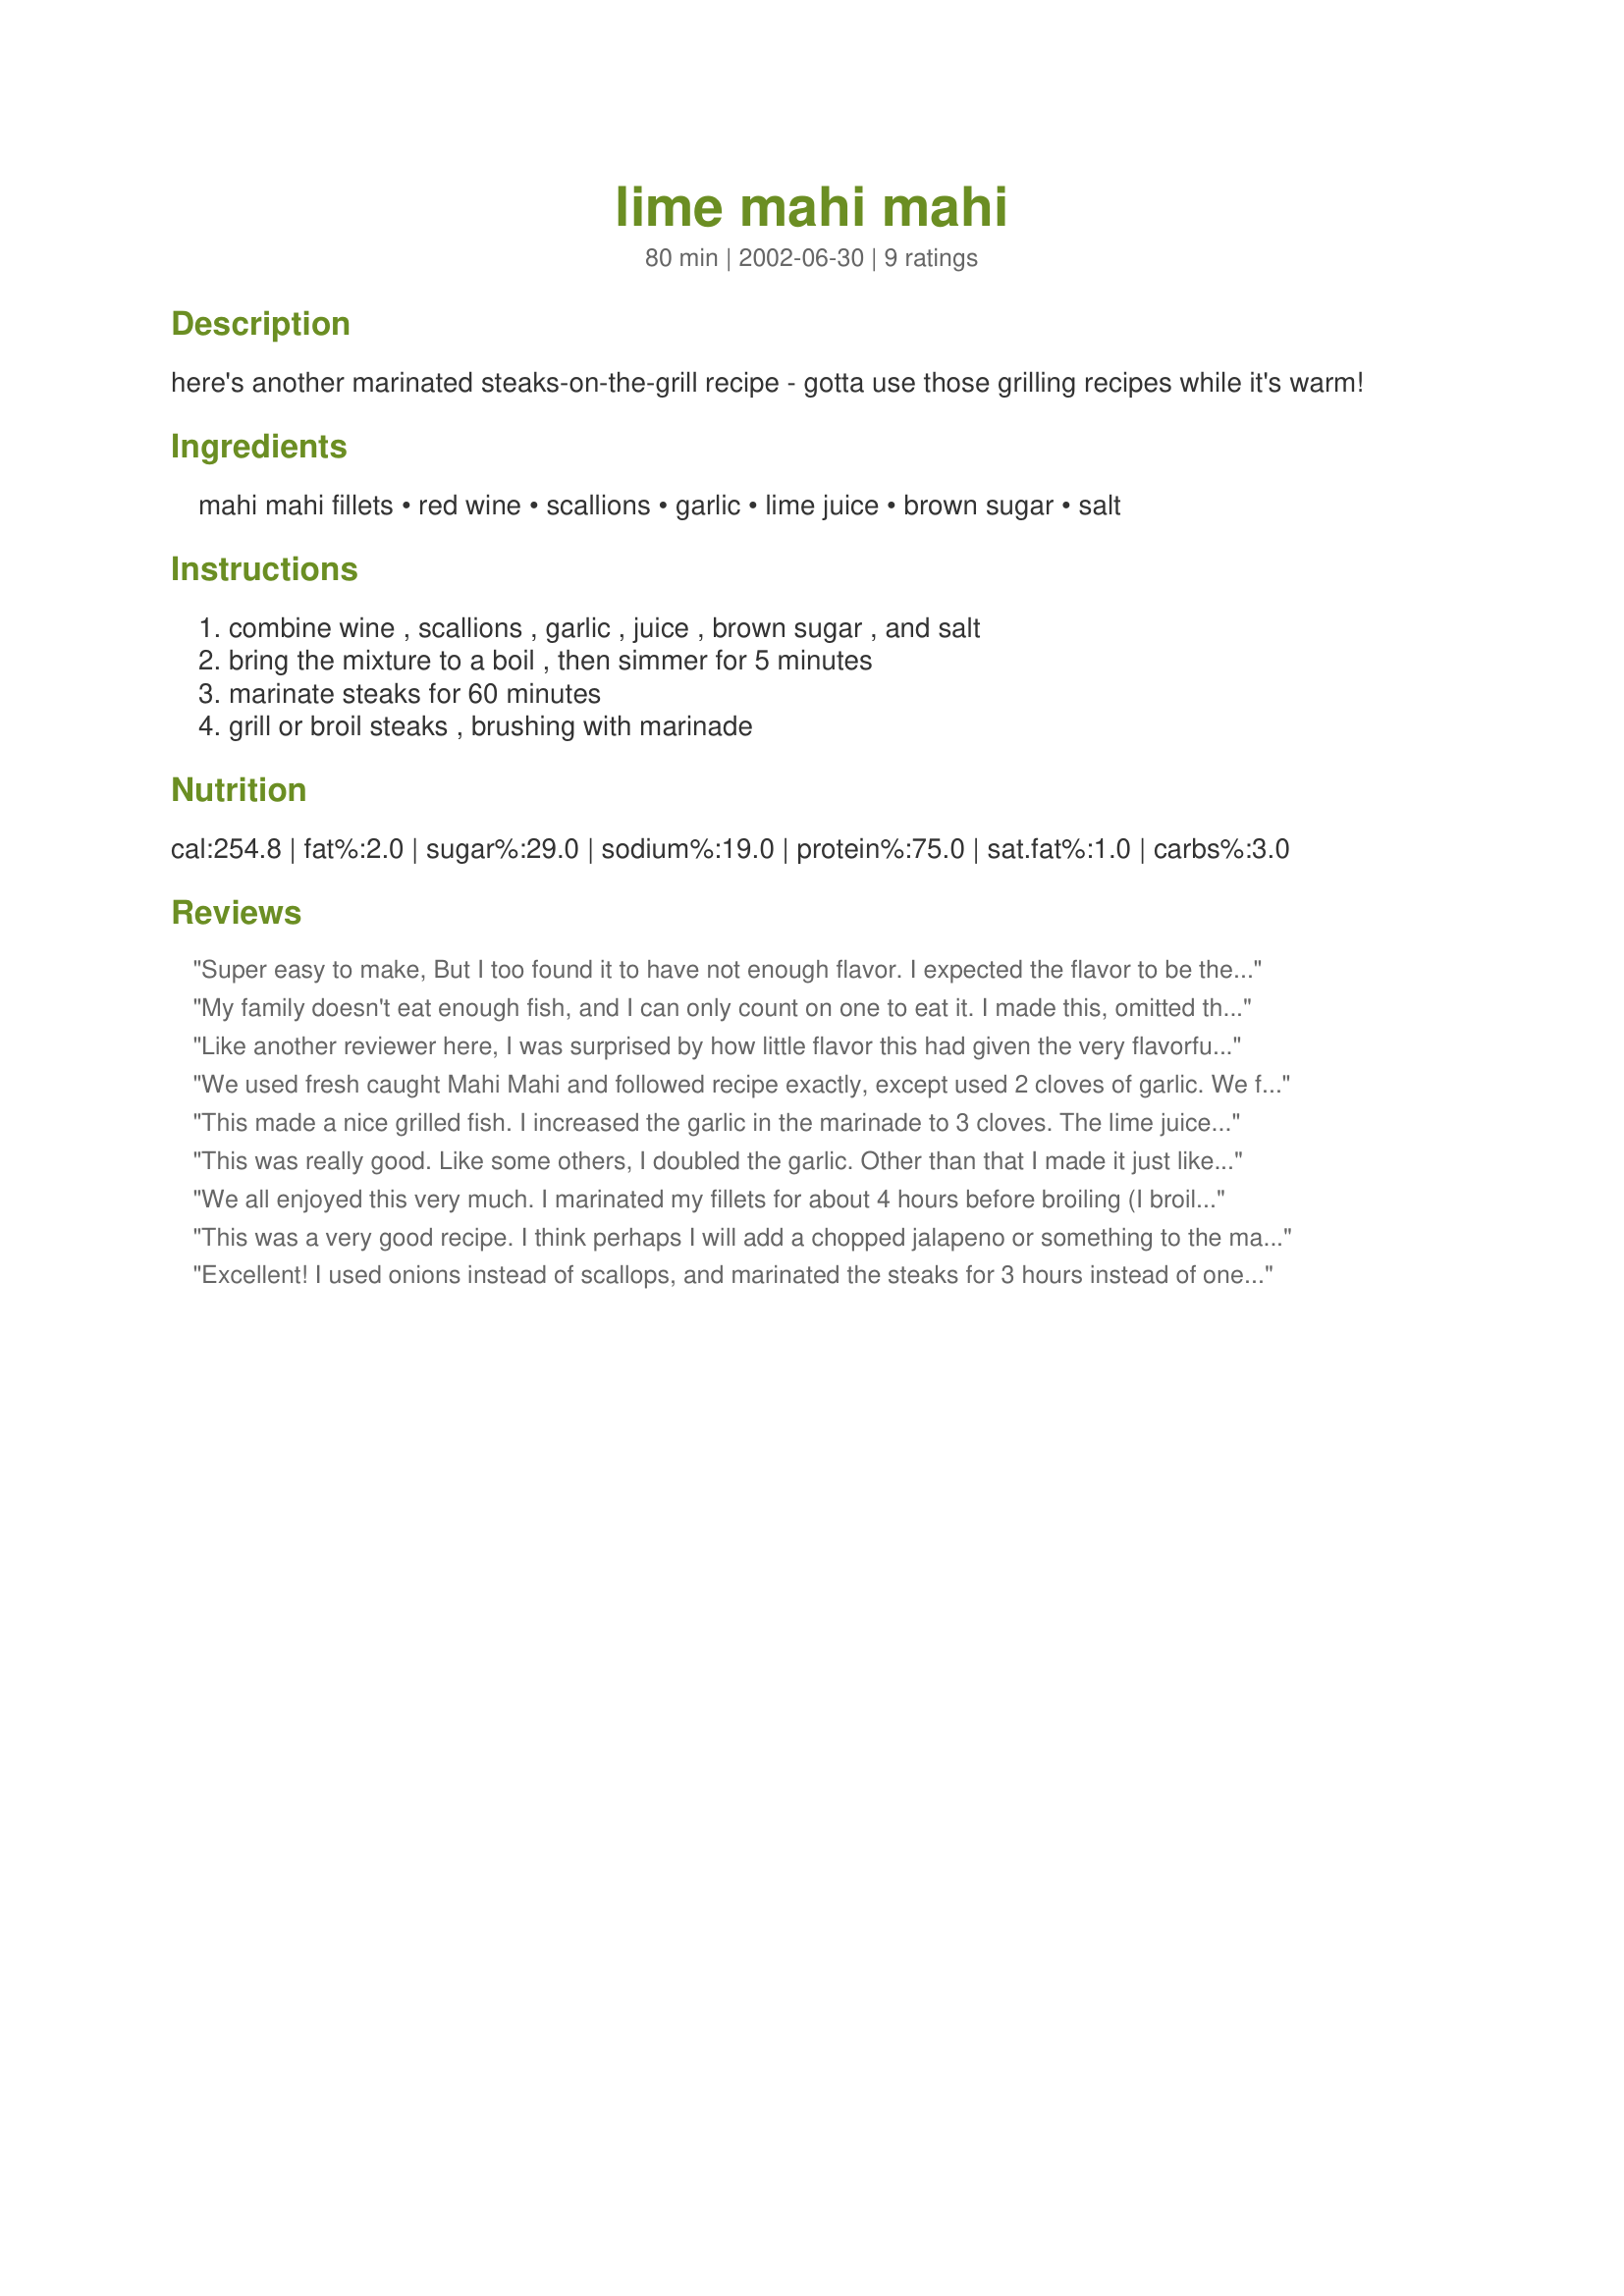
lime mahi mahi
Preparation time: 80 minutes

here's another marinated steaks-on-the-grill recipe - gotta use those grilling recipes while it's warm!

Ingredients:
mahi mahi fillets, red wine, scallions, garlic, lime juice, brown sugar, salt

Steps:
combine wine , scallions , garlic , juice , brown sugar , and salt, bring the mixture to a boil , then simmer for 5 minutes, marinate steaks for 60 minutes, grill or broil steaks , brushing with marinade

Reviews:
Super easy to make, But I too found it to have not enough flavor. I expected the flavor to be there with all of the WONDERFUL ingredients that were used...but alas, the flavor wasn't there.
My family doesn't eat enough fish, and I can only count on one to eat it. I made this, omitted the scallions (only because I didn't have them on hand), and baked the mahi mahi. First off - it was a huge hit! Easy, tasty, and didn't taste too 'fishy' or 'saucy'! Would recommend this dish to others in a heartbeat!
Thanks:)
Like another reviewer here, I was surprised by how little flavor this had given the very flavorful ingredients in the marinade. I think that it might be better with white wine instead of red. The red overpowered all of the other ingredients and it was the only flavor discernible in the fish.
We used fresh caught Mahi Mahi and followed recipe exactly, except used 2 cloves of garlic. We felt it lacked in flavor.
This made a nice grilled fish. I increased the garlic in the marinade to 3 cloves. The lime juice and red wine were good together but I think I would add a little more lime next time for my taste. The brown sugar added a subtle sweetness that was good also. Had an overall delicate flavor instead of strong and bold. Thanks ChrisMc.
This was really good. Like some others, I doubled the garlic. Other than that I made it just like the recipe. I was a little uncertain about the red wine--thought maybe it should be white, but this turned out great. So easy. Thanks for sharing.
We all enjoyed this very much. I marinated my fillets for about 4 hours before broiling (I broiled them in a stoneware dish right along with the marinade). I doubled the garlic, otherwise made it as written. I will make this again. Thanx for a great mahi mahi recipe!
This was a very good recipe. I think perhaps I will add a chopped jalapeno or something to the marinade next time as the flavor was a little subtle for me.
Excellent! I used onions instead of scallops, and marinated the steaks for 3 hours instead of one. They came out perfect, though.
